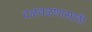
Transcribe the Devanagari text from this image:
दळवळणासाठी